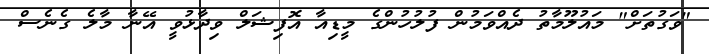
"ވަގުތަށް" މައުލޫމާތު ދެއްވަމުން ފުލުހުންގެ މީޑިއާ އޮފިޝަލް ވިދާޅުވީ އޭނާ މާލެ ގެނެސް